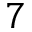
7